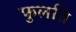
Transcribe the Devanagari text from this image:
फुलति